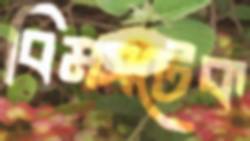
বিমসটেক